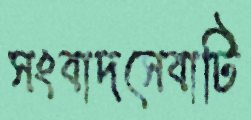
সংবাদসেবাটি